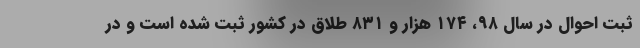
ثبت احوال در سال ۹۸، ۱۷۴ هزار و ۸۳۱ طلاق در کشور ثبت شده است و در